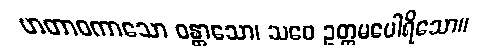
ဟတာဝကာသော ဝန္တာသော၊ သဝေ ဥတ္တမပေါရိသော။